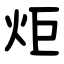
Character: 炬